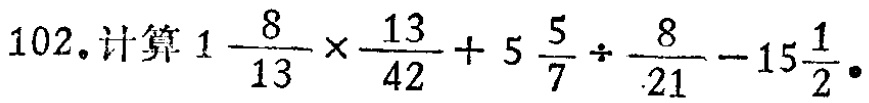
102.计算$1\frac{8}{13}\times\frac{13}{42}+5\frac{5}{7}\div\frac{8}{21}-15\frac{1}{2}$。